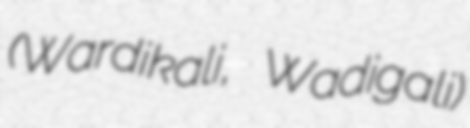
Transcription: (Wardikali, Wadigali)